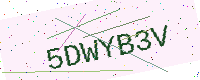
Text: 5DWYB3V